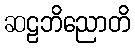
ဆဠဘိညောတိ